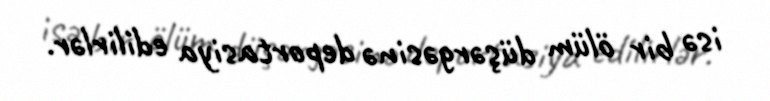
isə bir ölüm düşərgəsinə deportasiya edilirlər.